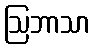
ဩဘာသာ